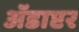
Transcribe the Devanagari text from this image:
ॲडाप्टर